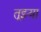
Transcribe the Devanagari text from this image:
तूझ्या